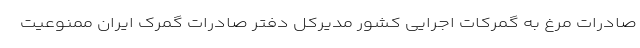
صادرات مرغ به گمرکات اجرایی کشور مدیرکل دفتر صادرات گمرک ایران ممنوعیت